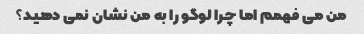
من می فهمم اما چرا لوگو را به من نشان نمی دهید؟